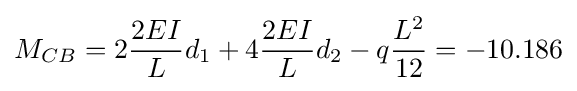
M_{CB}=2{\frac {2EI}{L}}d_{1}+4{\frac {2EI}{L}}d_{2}-q{\frac {L^{2}}{12}}=-10.186